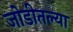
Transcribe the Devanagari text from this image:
जोडीतल्या